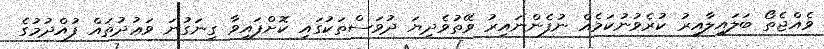
ވެއްޖެތޯ ބަލައިލާއިރު ކުރެވުނުކަމެއް ނުފެންނައިރު ވޭތުވެދިޔަ ދުވަސްތަކުގައި ކޮށްފައިވާ ގިނަގުނަ ވަޢުދުތައް ފުއްދުމުގެ